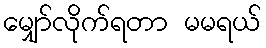
မျှော်လိုက်ရတာ မမရယ်